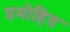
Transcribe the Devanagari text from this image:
प्रमोहित